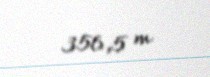
356,5 m